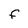
Character: F